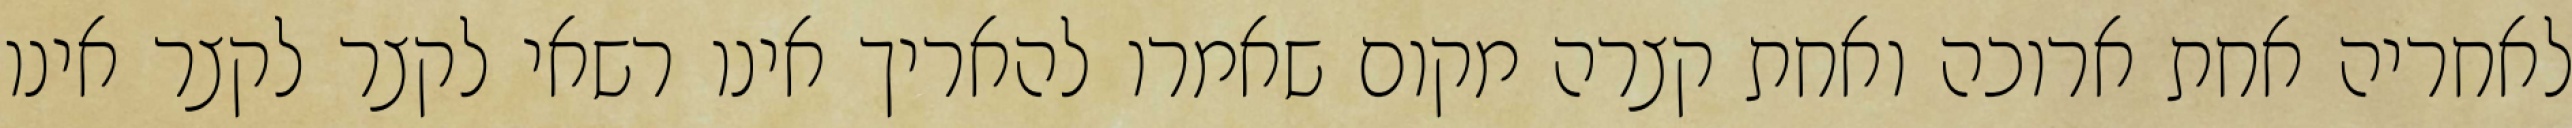
לאחריה אחת ארוכה ואחת קצרה מקום שאמרו להאריך אינו רשאי לקצר לקצר אינו